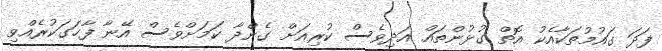
ފަދަ ގައުމުތަކާއެކު އޮތް ގުޅުންތައް އަދިވެސް ކުރިއަށް ގެންދާ ކަމަށްވެސް އޭނާ ފާހަގަކުރެއްވި